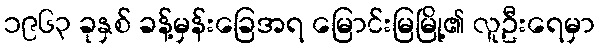
၁၉၆၃ ခုနှစ် ခန့်မှန်းခြေအရ မြောင်းမြမြို့၏ လူဦးရေမှာ